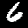
Digit: 6